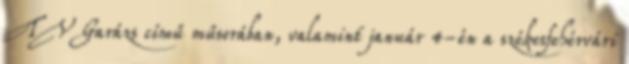
TV Garázs című műsorában, valamint január 4-én a székesfehérvári